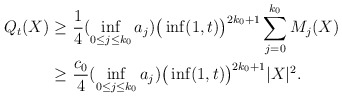
\begin{align*}Q_t(X) \geq & \ \frac{1}{4}(\inf_{0 \leq j \leq k_0}a_j)\big(\inf(1,t)\big)^{2k_0+1}\sum_{j=0}^{k_0}M_j(X) \\ \geq & \ \frac{c_0}{4}(\inf_{0 \leq j \leq k_0}a_j)\big(\inf(1,t)\big)^{2k_0+1}|X|^2.\end{align*}